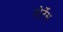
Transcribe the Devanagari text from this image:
ओर्टेंस